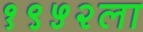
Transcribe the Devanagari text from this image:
१९५२ला